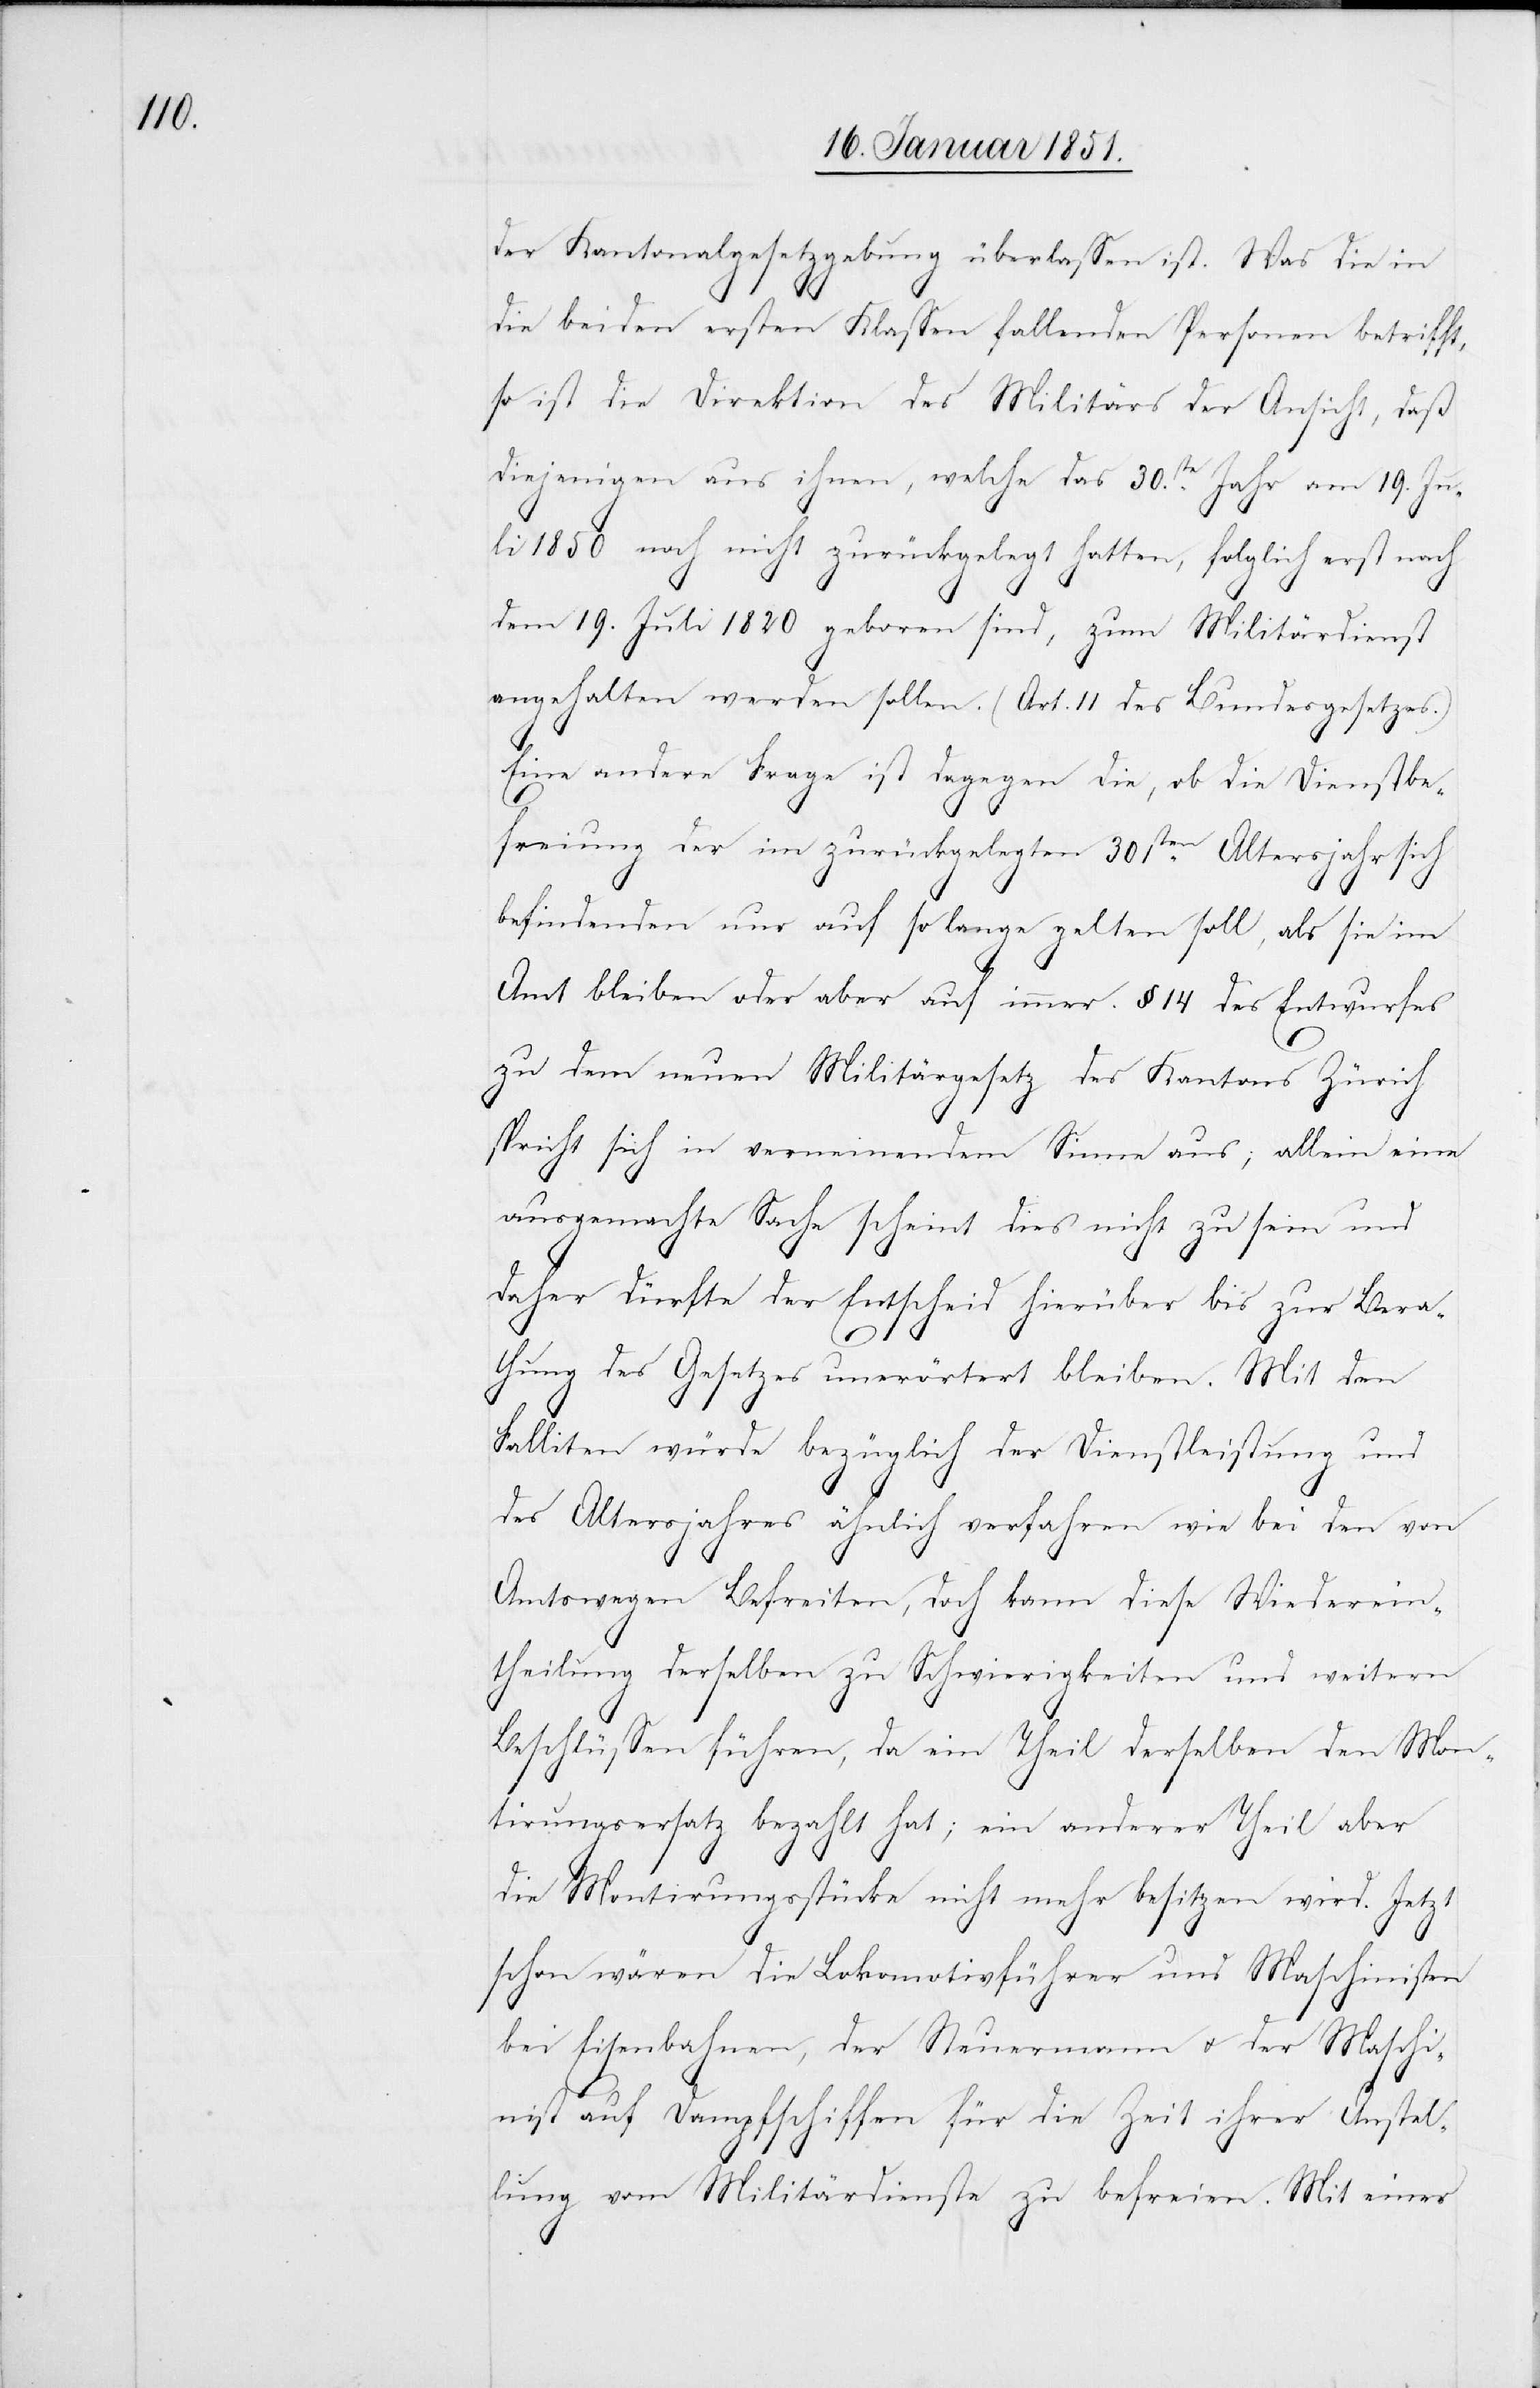
der Kantonalgesetzgebung überlassen ist. Was die in
die beiden ersten Klassen fallenden Personen betrifft,
so ist die Direktion des Militärs der Ansicht, daß
diejenigen aus ihnen, welche das 30.ste Jahr am 19. Ju¬
li 1850 noch nicht zurückgelegt hatten, folglich erst nach
dem 19. Juli 1820 geboren sind, zum Militärdienst
angehalten werden sollen. (Art. 11 des Bundesgesetzes.)
Eine andere Frage ist dagegen die, ob die Dienstbe¬
freiung der im zurückgelegten 30sten Altersjahr sich
befindenden nur auf so lange gelten soll, als sie im
Amt bleiben oder aber auf immer. § 14 des Entwurfes
zu dem neuen Militärgesetz des Kantons Zürich
spricht sich in verneinendem Sinne aus; allein eine
ausgemachte Sache scheint dies nicht zu sein und
daher dürfte der Entscheid hierüber bis zur Bera¬
thung des Gesetzes unerörtert bleiben. Mit den
Falliten würde bezüglich der Dienstleistung und
des Altersjahres ähnlich verfahren wie bei den von
Amtswegen Befreiten, doch kann diese Wiederein¬
theilung derselben zu Schwierigkeiten und weitern
Beschlüssen führen, da ein Theil derselben den Mon¬
tirungsersatz bezahlt hat; ein anderer Theil aber
die Montirungsstücke nicht mehr besitzen wird. Jetzt
schon wären die Lokomotivführer und Maschinisten
bei Eisenbahnen, der Steuermann u. der Maschi¬
nist auf Dampfschiffen für die Zeit ihrer Anstel¬
lung vom Militärdienste zu befreien. Mit eines